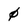
Character: 0